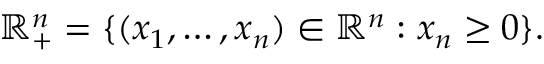
\mathbb R _ { + } ^ { n } = \{ ( x _ { 1 } , \ldots , x _ { n } ) \in \mathbb R ^ { n } : x _ { n } \ge 0 \} .